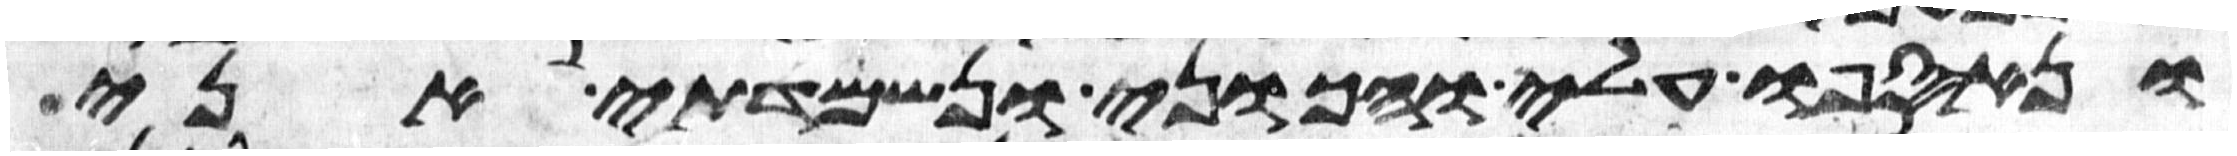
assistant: ונאספו עלי והכוני ונשמדתי אני